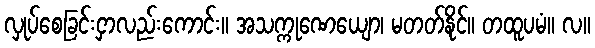
လှုပ်စေခြင်းငှာလည်းကောင်း။ အသက္ကုဏေယျော၊ မတတ်နိုင်။ တထူပမံ။ လ။